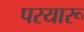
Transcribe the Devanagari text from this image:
परयारू